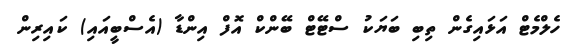
ހެލްމެޓް އަޅައިގެން ތިބި ބަޔަކު ސްޓޭޓް ބޭންކް އޮފް އިންޑާ (އެސްބީއައި) ކައިރިން